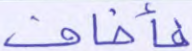
فأخاف